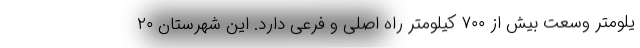
یلومتر وسعت بیش از ۷۰۰ کیلومتر راه اصلی و فرعی دارد. این شهرستان ۲۰